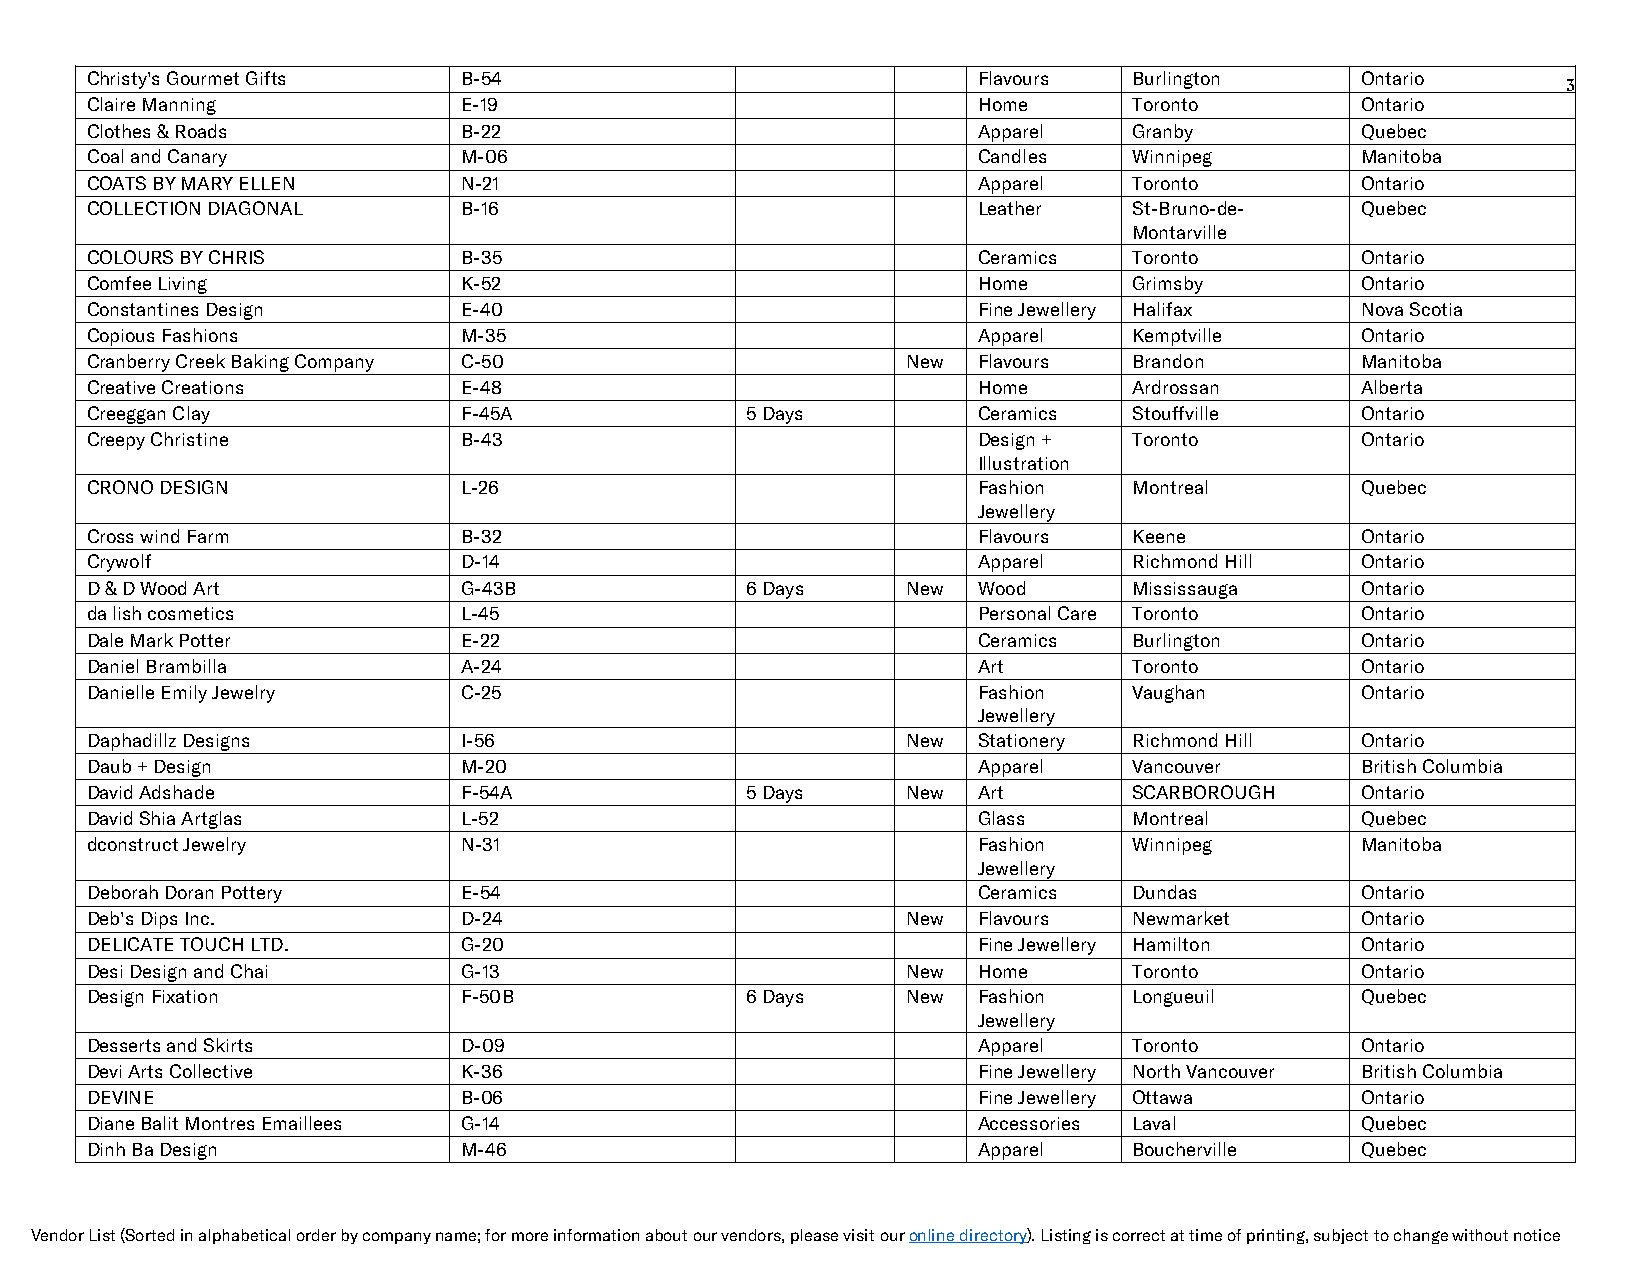
Christy's Gourmet Gifts B-54                               Flavours  Burlington     Ontario
 3
 Claire Manning          E-19                               Home      Toronto        Ontario
 Clothes & Roads         B-22                               Apparel   Granby         Quebec
 Coal and Canary         M-06                               Candles   Winnipeg       Manitoba
 COATS BY MARY ELLEN     N-21                               Apparel   Toronto        Ontario
 COLLECTION DIAGONAL     B-16                               Leather   St-Bruno-de-   Quebec
 Montarville
 COLOURS BY CHRIS        B-35                               Ceramics  Toronto        Ontario
 Comfee Living           K-52                               Home      Grimsby        Ontario
 Constantines Design     E-40                               Fine Jewellery Halifax   Nova Scotia
 Copious Fashions        M-35                               Apparel   Kemptville     Ontario
 Cranberry Creek Baking Company C-50                   New  Flavours  Brandon        Manitoba
 Creative Creations      E-48                               Home      Ardrossan      Alberta
 Creeggan Clay           F-45A              5 Days          Ceramics  Stouffville    Ontario
 Creepy Christine        B-43                               Design +  Toronto        Ontario
 Illustration
 CRONO DESIGN            L-26                               Fashion   Montreal       Quebec
 Jewellery
 Cross wind Farm         B-32                               Flavours  Keene          Ontario
 Crywolf                 D-14                               Apparel   Richmond Hill  Ontario
 D & D Wood Art          G-43B              6 Days     New  Wood      Mississauga    Ontario
 da lish cosmetics       L-45                               Personal Care Toronto    Ontario
 Dale Mark Potter        E-22                               Ceramics  Burlington     Ontario
 Daniel Brambilla        A-24                               Art       Toronto        Ontario
 Danielle Emily Jewelry  C-25                               Fashion   Vaughan        Ontario
 Jewellery
 Daphadillz Designs      I-56                          New  Stationery Richmond Hill Ontario
 Daub + Design           M-20                               Apparel   Vancouver      British Columbia
 David Adshade           F-54A              5 Days     New  Art       SCARBOROUGH    Ontario
 David Shia Artglas      L-52                               Glass     Montreal       Quebec
 dconstruct Jewelry      N-31                               Fashion   Winnipeg       Manitoba
 Jewellery
 Deborah Doran Pottery   E-54                               Ceramics  Dundas         Ontario
 Deb's Dips Inc.         D-24                          New  Flavours  Newmarket      Ontario
 DELICATE TOUCH LTD.     G-20                               Fine Jewellery Hamilton  Ontario
 Desi Design and Chai    G-13                          New  Home      Toronto        Ontario
 Design Fixation         F-50B              6 Days     New  Fashion   Longueuil      Quebec
 Jewellery
 Desserts and Skirts     D-09                               Apparel   Toronto        Ontario
 Devi Arts Collective    K-36                               Fine Jewellery North Vancouver British Columbia
 DEVINE                  B-06                               Fine Jewellery Ottawa    Ontario
 Diane Balit Montres Emaillees G-14                         Accessories Laval        Quebec
 Dinh Ba Design          M-46                               Apparel   Boucherville   Quebec
 Vendor List (Sorted in alphabetical order by company name; for more information about our vendors, please visit our online directory). Listing is correct at time of printing, subject to change without notice